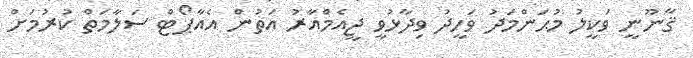
ޤާނޫނީ ވަކީލު މުޙަންމަދު ވަހީދު ވިދާޅުވީ ޖީއެމްއާރު އަތުން އެއާޕޯޓް ސަލާމަތް ކުރުމަށް